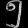
Digit: ၅